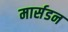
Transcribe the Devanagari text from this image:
मार्सडन